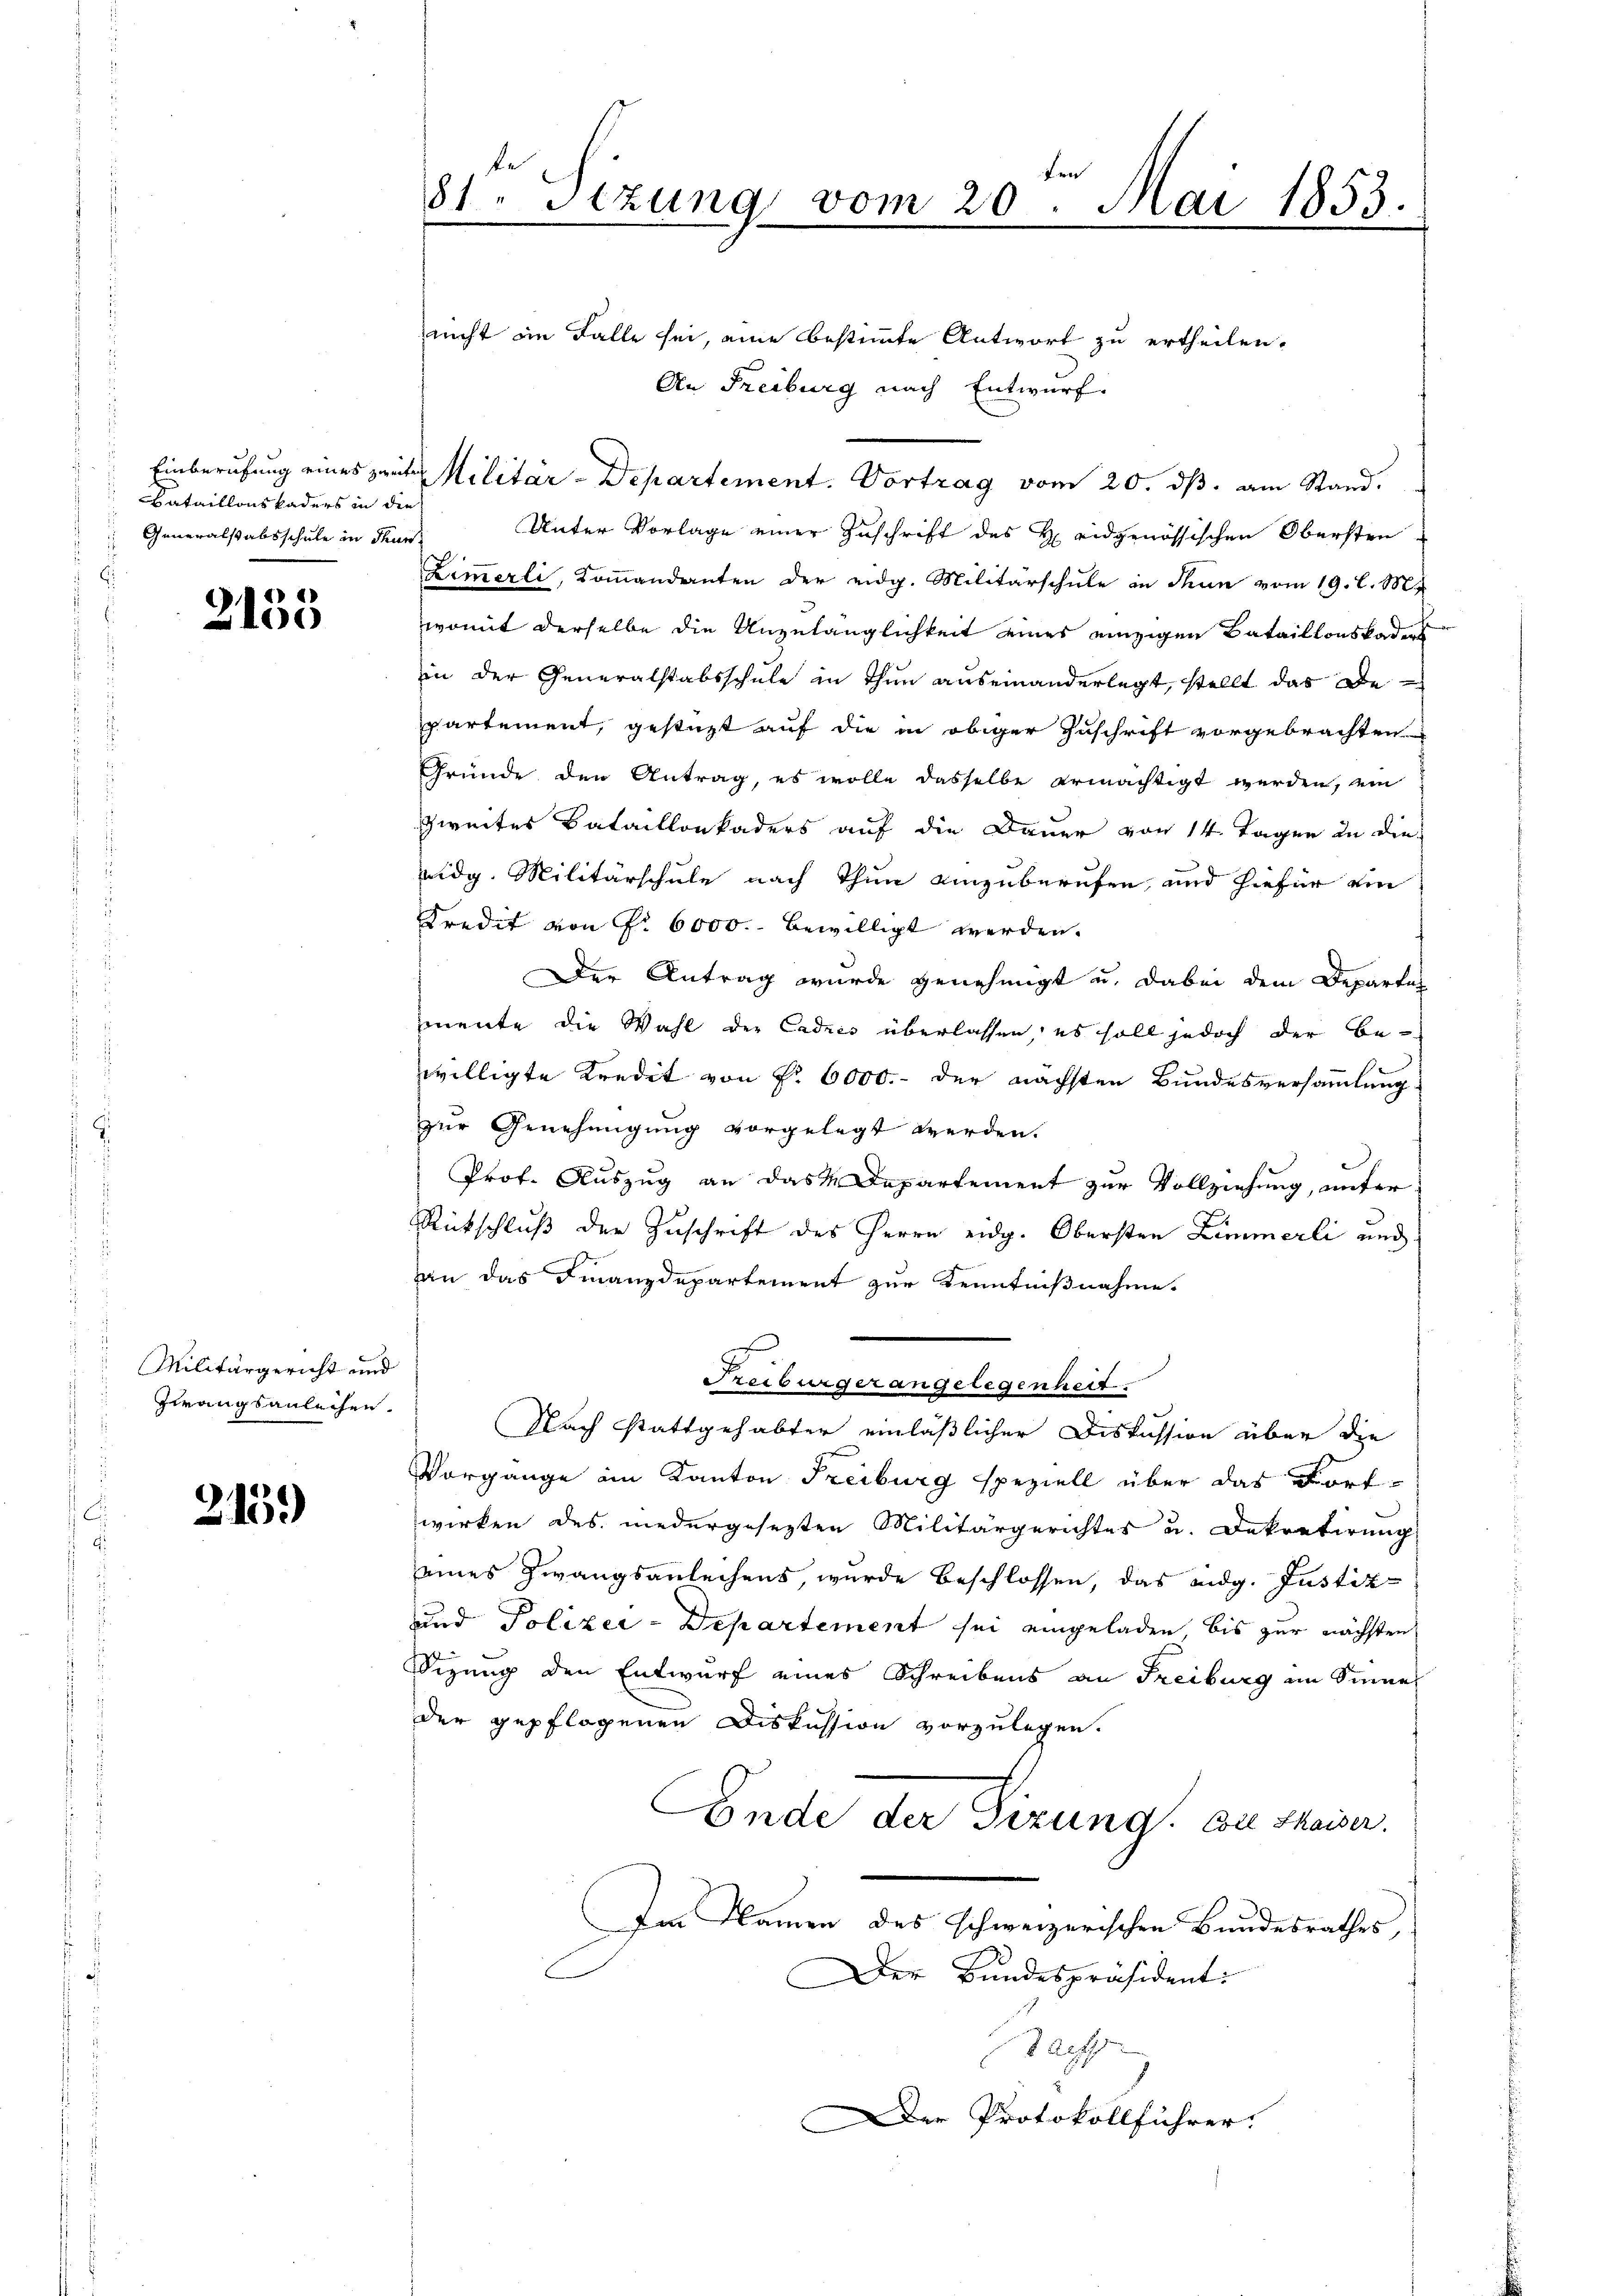
Bataillonskaders in die
Generalstabsschule in Thur¬

2153

Militärgericht und
zwangsanleihen.

215.)

Fre
81. Stzung vom 20. Mai 1853.

nicht im Falle sei, eine bestimmte Antwort zu ertheilen.
An Freiburg nach Entwurf.
Einberufung eines zweiten Militär-Departement. Vortrag vom 20. dβ. am Stand.
Unter Vorlage einer Zuschrift des H. eidgenössischen Obersten
Zimmerli, Koṁandanten der eidg. Militärschŭle in Thun vom 19. l. M.
womit derselbe die Unzulänglichkeit eines einzigen Bataillonskaders
in der Generalstabsschule in Thun auseinanderlegt, stellt das Departement, gestüzt auf die in obiger Zuschrift vorgebrachten
Gründe den Antrag, es wolle dasselbe ermächtigt werden, ein
Zweiter Bataillonkaders auf die Dauer von 14 Tagen zu dieidg. Militärschule nach Thun einzuberufen, und hiefür ein
Kredit von Nr. 6000. bewilligt werden.
Der Antrag wurde genehmigt u. dabei dem Departen
mente die Wahl der Cadres überlassen, es soll jedoch der Bewilligte Kredit von Fr. 6000.- der nächsten Bundesversammlung
zur Genehmigung vorgelegt werden.
Prof. Auszug an das Departement zur Vollziehung, unter
Rückschluß der Zuschrift des Herrn eidg. Obersten Zimmerli und
an das Finanzdepartement zur Kenntnißnahme.
Freiburger angelegenheit.
Nach stattgehabter einläßlicher Diskussion über die
Vorgange ein Kanton Freiburg speziell über das Fortwirken des niedergesezten Militärgerichtes u. Dekretirung
eines Zwangsantechens, wurde beschlossen, das eidg. Justiz-
und Polizei-Departement sei eingeladen, bis zur nächsten
Sizung den Entwurf eines Schreibens an Freiburg im Sinne
der gepflogenen Diskussion vorzulegen.
Ende der Sizung. Die Maiser.
Im Namen des schweizerischen Bundesrathes,
Der Bundespräsident:
tacht
Der Protokollführer: